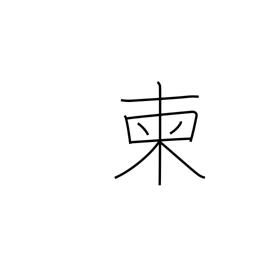
Meaning: pick out